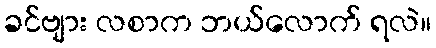
ခင်ဗျား လစာက ဘယ်လောက် ရလဲ။